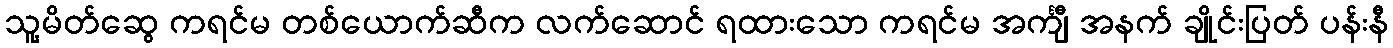
သူ့မိတ်ဆွေ ကရင်မ တစ်ယောက်ဆီက လက်ဆောင် ရထားသော ကရင်မ အင်္ကျီ အနက် ချိုင်းပြတ် ပန်းနီ